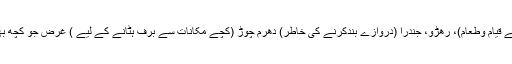
گوالی، کُھرلی (جانوروں کی جائے قیام وطعام)، رھڑو، جندرا (دروازے بندکرنے کی خاطر) دھرم چوڑ (کچے مکانات سے برف ہٹانے کے لیے ) غرض جو کچھ بھی انہوں نے اپنے اردگرد دیکھا۔